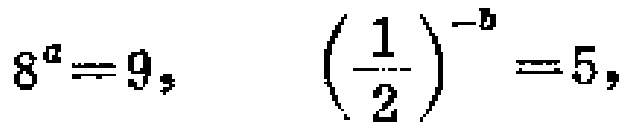
\(8^{a}=9,\left(\frac{1}{2}\right)^{-b}=5,\)